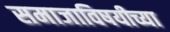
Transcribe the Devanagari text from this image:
समाजाविषयीच्या